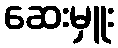
ဆေးမှူး